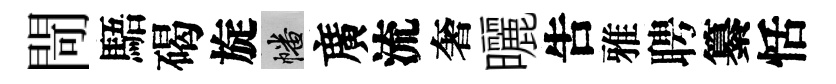
閜䮏碣旋幡廣流奢曬吿雅聘纂恬